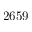
2 6 5 9